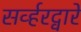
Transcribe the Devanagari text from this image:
सर्व्हरद्वारे